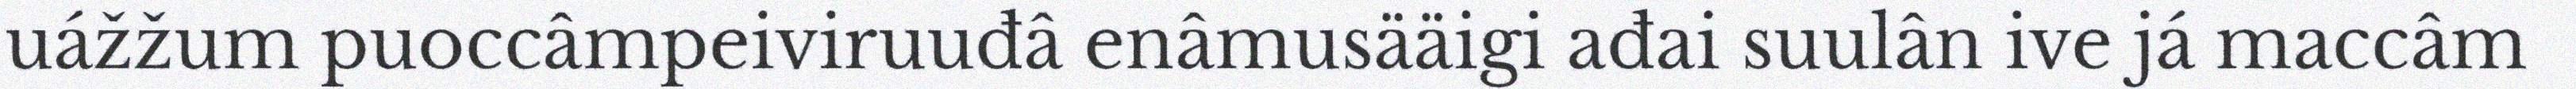
uážžum puoccâmpeiviruuđâ enâmusääigi ađai suulân ive já maccâm